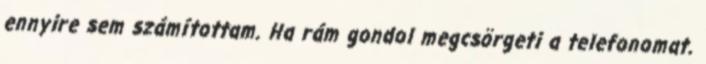
ennyire sem számítottam. Ha rám gondol megcsörgeti a telefonomat.